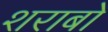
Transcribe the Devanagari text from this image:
शराबो